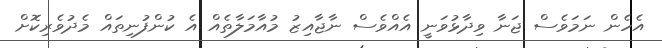
އެހެން ނަަމަވެސް ޖަނާ ވިދާޅުވަނީ އެއްވެސް ނާޖާއިޒު މުއާމަލާތެއް އެ ކުންފުނިތައް މެދުވެރިކޮށް